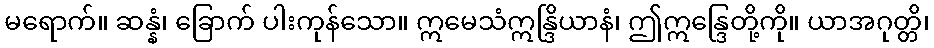
မရောက်။ ဆန္နံ၊ ခြောက် ပါးကုန်သော။ ဣမေသံဣန္ဒြိယာနံ၊ ဤဣန္ဒြေတို့ကို။ ယာအဂုတ္တိ၊